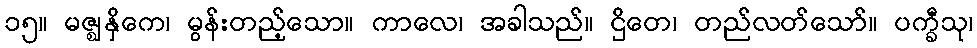
၁၅။ မဇ္ဈနှိကေ၊ မွန်းတည့်သော။ ကာလေ၊ အခါသည်။ ဌိတေ၊ တည်လတ်သော်။ ပက္ခီသု၊